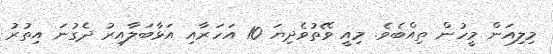
މިލިއަން މީހުން ތިއްބެވެ. މިއީ ވޭތުވެދިޔަ 10 އަހަރާއި އަޅާބަލާއިރު ދެގުނަ އިތުރު